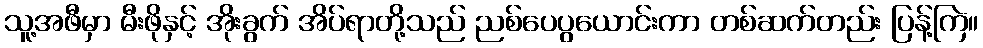
သူ့အဖီမှာ မီးဖိုနှင့် အိုးခွက် အိပ်ရာတို့သည် ညစ်ပေပွယောင်းကာ တစ်ဆက်တည်း ပြန့်ကြဲ။